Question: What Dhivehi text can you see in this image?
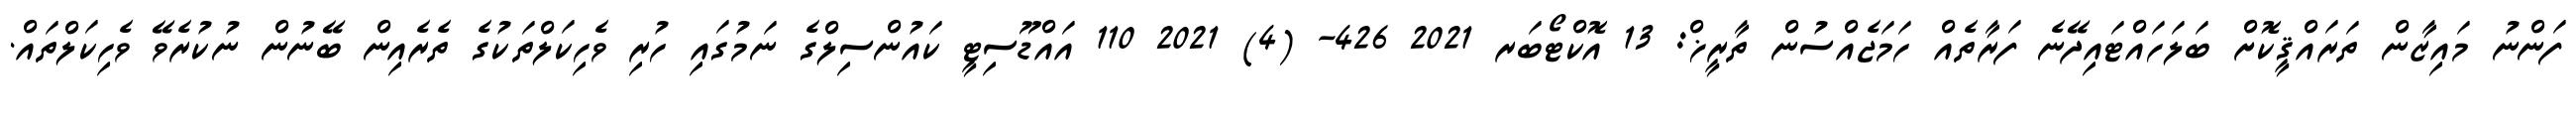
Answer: ފަންނު މައިޒާން ތަރައްޤީކޮށް ބަލަހައްޓައިދޭނެ ފަރާތެއް ހަމަޖެއްސުން ތާރީޚް: 13 އޮކްޓޯބަރ 2021 426- (4) 2021 110 އައްޑޫސިޓީ ކައުންސިލްގެ ނަމުގައި ހުރި ވެހިކަލްތަކުގެ ތެރެއިން ބޭނުން ނުކުރެވޭ ވެހިކަލްތައް.